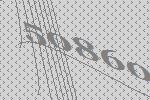
50860